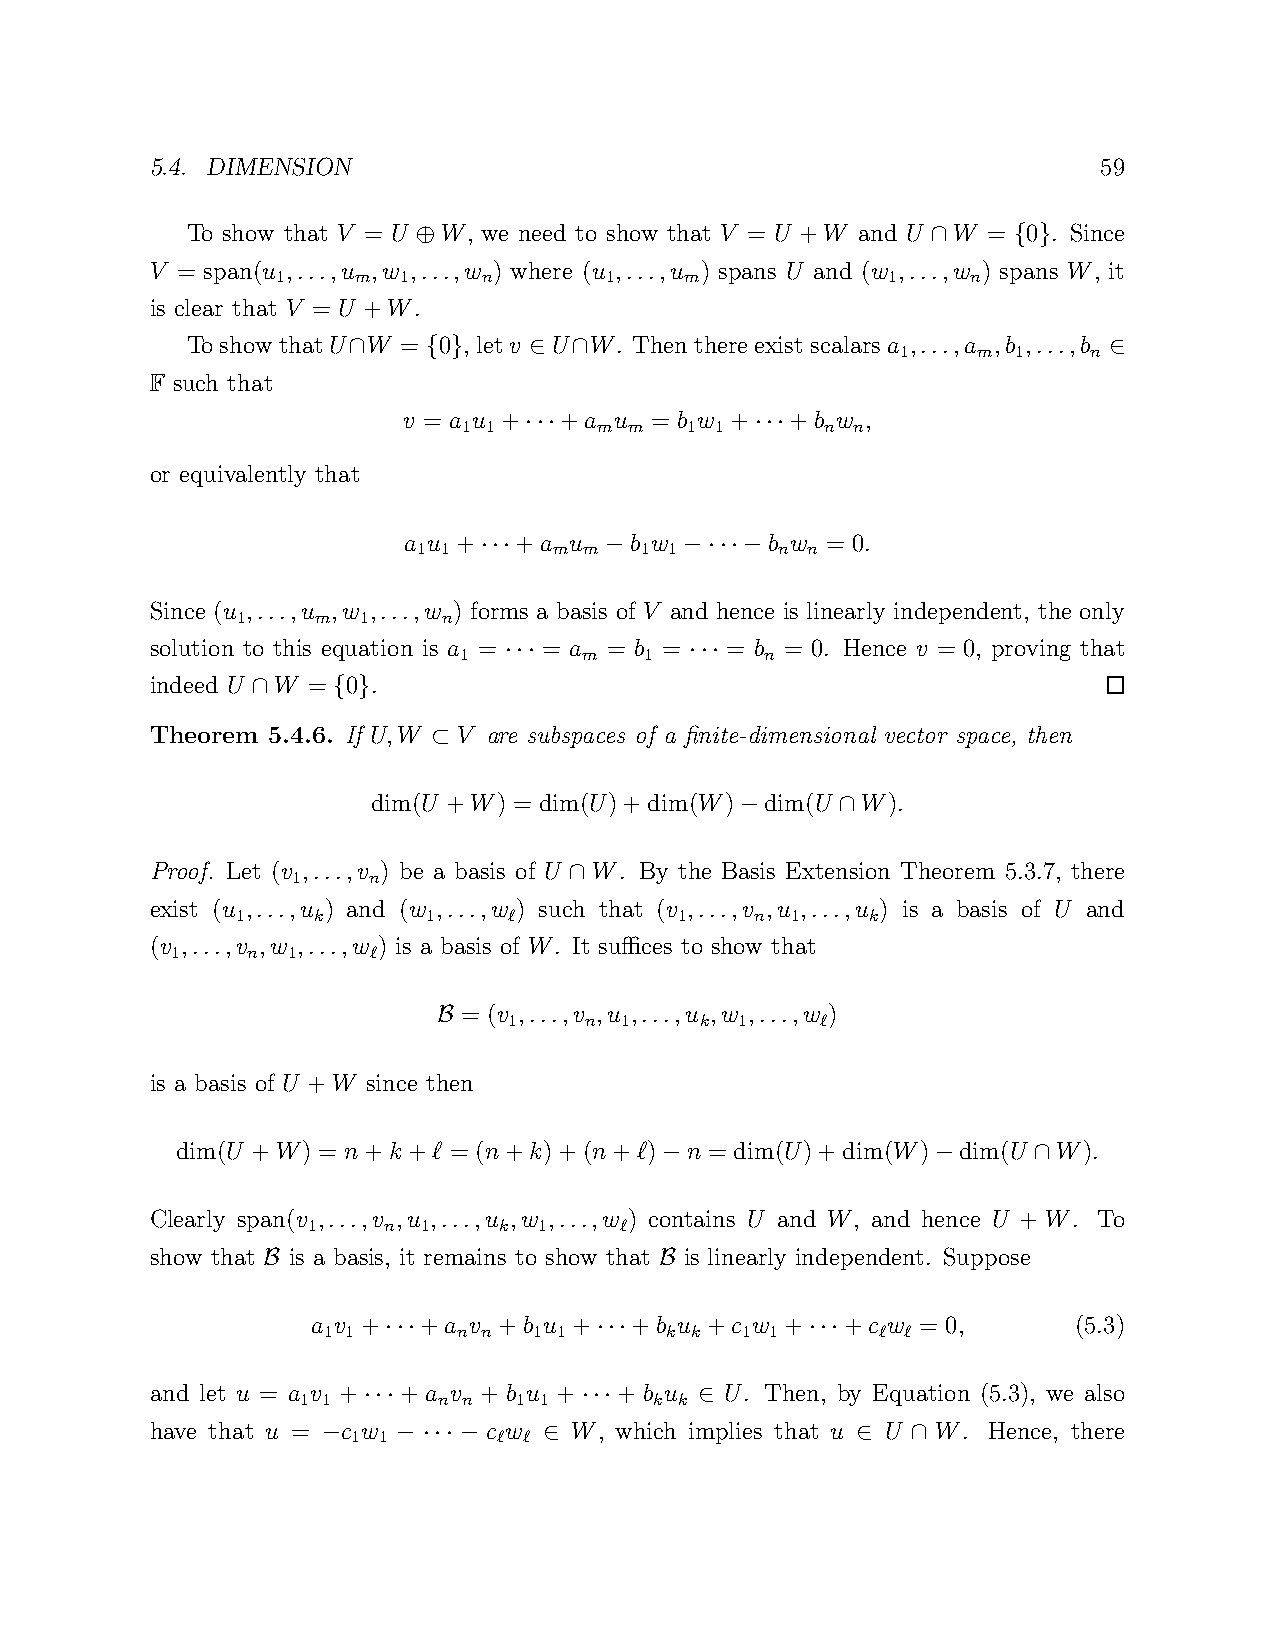
5.4. DIMENSION                                                 59
 To show that V = U W, we need to show that V = U +W and U W = 0 . Since
 ⊕                                 ∩    { }
 V = span(u ,...,u ,w ,...,w ) where (u ,...,u ) spans U and (w ,...,w ) spans W, it
 1    m  1     n       1    m             1    n
 is clear that V = U +W.
 ToshowthatU W =  0 , letv U W. Thenthereexist scalarsa ,...,a ,b ,...,b
 1    m 1    n
 ∩    { }    ∈  ∩                                  ∈
 F such that
 v = a u + +a  u = b w +  +b w ,
 1 1      m m   1 1      n n
 ···            ···
 or equivalently that
 a u +  +a  u   b w      b w = 0.
 1 1      m m  1 1       n n
 ···     −    −···−
 Since (u ,...,u ,w ,...,w ) forms a basis of V and hence is linearly independent, the only
 1    m  1    n
 solution to this equation is a = = a = b = = b = 0. Hence v = 0, proving that
 1        m   1       n
 ···          ···
 indeed U W = 0 .
 ∩    { }
 Theorem 5.4.6. If U,W V are subspaces of a finite-dimensional vector space, then
 ⊂
 dim(U +W) = dim(U)+dim(W) dim(U W).
 −      ∩
 Proof. Let (v ,...,v ) be a basis of U W. By the Basis Extension Theorem 5.3.7, there
 1    n
 ∩
 exist (u ,...,u ) and (w ,...,w ) such that (v ,...,v ,u ,...,u ) is a basis of U and
 1    k      1     ℓ          1    n 1     k
 (v ,...,v ,w ,...,w ) is a basis of W. It suffices to show that
 1    n  1    ℓ
 = (v ,...,v ,u ,...,u ,w ,...,w )
 1    n 1    k  1    ℓ
 B
 is a basis of U +W since then
 dim(U +W) = n+k +ℓ = (n+k)+(n+ℓ) n = dim(U)+dim(W)  dim(U W).
 −                 −     ∩
 Clearly span(v ,...,v ,u ,...,u ,w ,...,w ) contains U and W, and hence U + W. To
 1    n  1    k  1    ℓ
 show that is a basis, it remains to show that is linearly independent. Suppose
 B                          B
 a v +  +a v +b u +   +b u +c w +   +c w = 0,      (5.3)
 1 1      n n  1 1      k k  1 1      ℓ ℓ
 ···          ···            ···
 and let u = a v + + a v + b u + + b u U. Then, by Equation (5.3), we also
 1 1      n n  1 1      k k
 ···           ···     ∈
 have that u = c w     c w   W, which implies that u U W. Hence, there
 1 1       ℓ ℓ
 −    − ··· −   ∈                    ∈  ∩